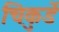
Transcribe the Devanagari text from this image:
चिकुर्डे